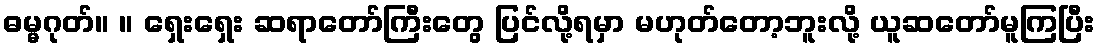
ဓမ္မဂုတ်။ ။ ရှေးရှေး ဆရာတော်ကြီးတွေ ပြင်လို့ရမှာ မဟုတ်တော့ဘူးလို့ ယူဆတော်မူကြပြီး